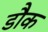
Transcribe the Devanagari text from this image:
डौक